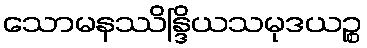
သောမနဿိန္ဒြိယသမုဒယဉ္စ